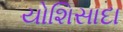
યોશિસાદા